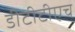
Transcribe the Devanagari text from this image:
डीटीटीएच